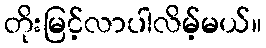
တိုးမြင့်လာပါလိမ့်မယ်။